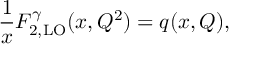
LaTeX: \frac { 1 } { x } F _ { 2 , \mathrm { L O } } ^ { \gamma } ( x , Q ^ { 2 } ) = q ( x , Q ) ,